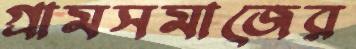
গ্রামসমাজের